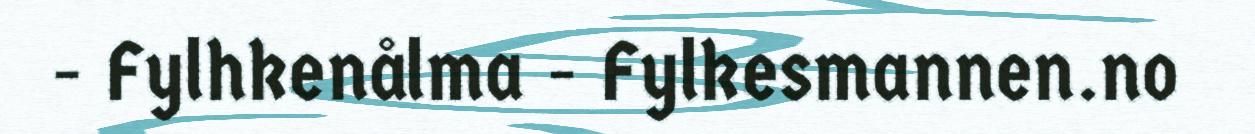
- Fylhkenålma - Fylkesmannen.no